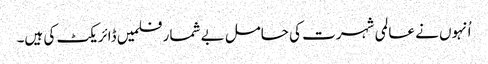
اُنہوں نے عالمی شہرت کی حامل بے شمار فلمیں ڈائریکٹ کی ہیں۔